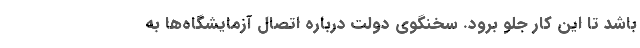
باشد تا این کار جلو برود. سخنگوی دولت درباره اتصال آزمایشگاه‌ها به